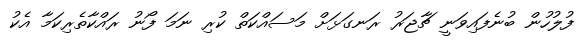
ފުލުހުން ބުނެފައިވަނީ ޗާޖަރު ރަނގަޅަށް މަސައްކަތް ކުރި ނަމަ ފޯނު ރައްކާތެރިކަމާ އެކު